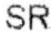
SR